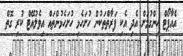
އެއާޕޯޓް ހިންގުމަށް އެދި އެކި ފަރާތްތަކުން ހުށަހެޅި ހުށަހެޅުންތައް އިވެލުއޭޓް ކުރި ގޮތް